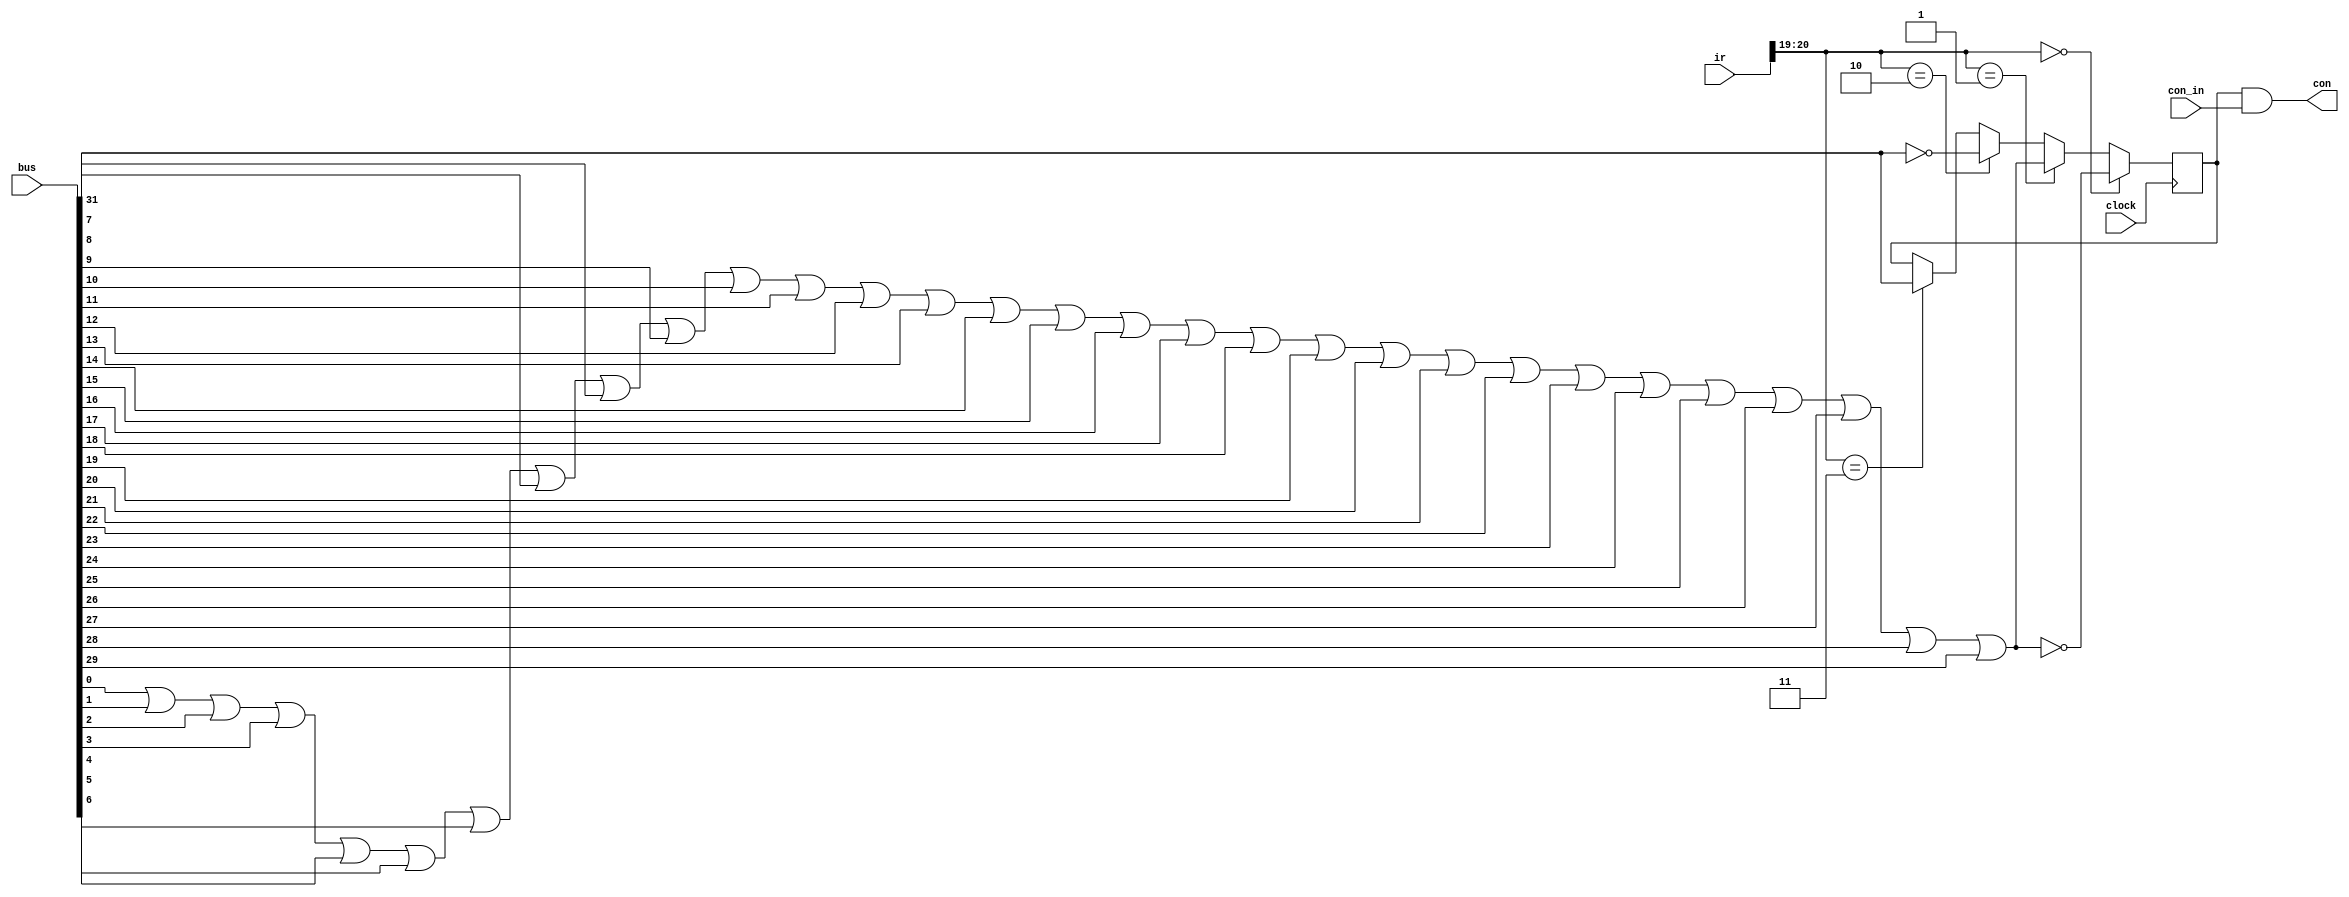

module conff(
    input wire clock,
    input wire [31:0] bus,
    input wire [31:0] ir,
    input wire con_in,
    output wire con
);

    integer i;
    reg not_zero;
    reg negative;
    reg con_state;

    always @(posedge clock)
    begin
        not_zero = 0;        
        for(i = 0; i < 30; i = i + 1) begin
           not_zero = not_zero | bus[i]; 
        end 

        negative = bus[31]; 

		if (ir[20:19] == 0) 
            con_state = ~not_zero; 
        else if (ir[20:19] == 1) 
            con_state = not_zero; 
        else if (ir[20:19] == 2) 
            con_state = ~negative; 
        else if (ir[20:19] == 3) 
            con_state = negative; 
    end

    assign con = con_state & con_in;

endmodule